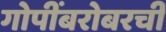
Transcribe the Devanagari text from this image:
गोपींबरोबरची